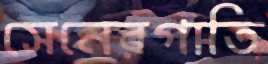
সেনেরগাতি